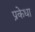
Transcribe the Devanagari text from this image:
प्रकेधा